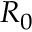
R _ { 0 }